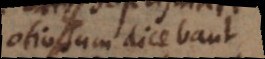
otiosum dicebant.